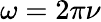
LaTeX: \omega=2\pi\nu